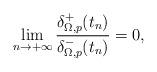
LaTeX: \begin{align*}\lim_{n\to +\infty}\frac{\delta^+_{\Omega,p}(t_n)}{\delta^-_{\Omega,p}(t_n)}=0,\end{align*}